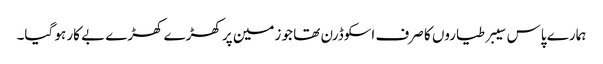
ہمارے پاس سیبر طیاروں کا صرف اسکوڈرن تھا جو زمین پر کھڑے کھڑے بے کار ہو گیا۔